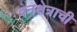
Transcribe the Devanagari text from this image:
वनक्षेत्राची